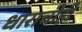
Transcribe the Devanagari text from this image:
धाराचीही